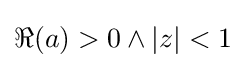
\Re (a)>0\wedge |z|<1